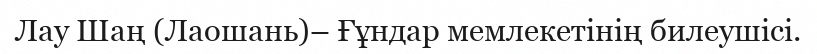
Лау Шаң (Лаошань)– Ғұндар мемлекетінің билеушісі.